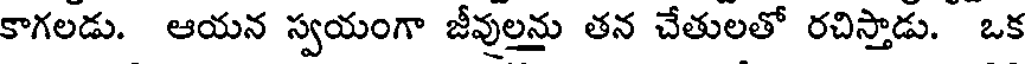
కాగలడు. ఆయన స్వయంగా జీవులను తన చేతులతో రచిస్తాడు. ఒక